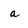
Character: a